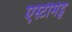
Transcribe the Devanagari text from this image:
एस्टीमेट्स